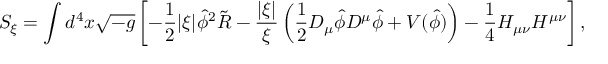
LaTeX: S _ { \xi } = \int d ^ { 4 } x \sqrt { - g } \left[ - { \frac { 1 } { 2 } } | \xi | \hat { \phi } ^ { 2 } \tilde { R } - \frac { | \xi | } { \xi } \left( { \frac { 1 } { 2 } } { \cal D } _ { \mu } \hat { \phi } { \cal D } ^ { \mu } \hat { \phi } + V ( \hat { \phi } ) \right) - { \frac { 1 } { 4 } } H _ { \mu \nu } H ^ { \mu \nu } \right] ,